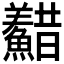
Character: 𩼫